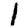
Digit: 1